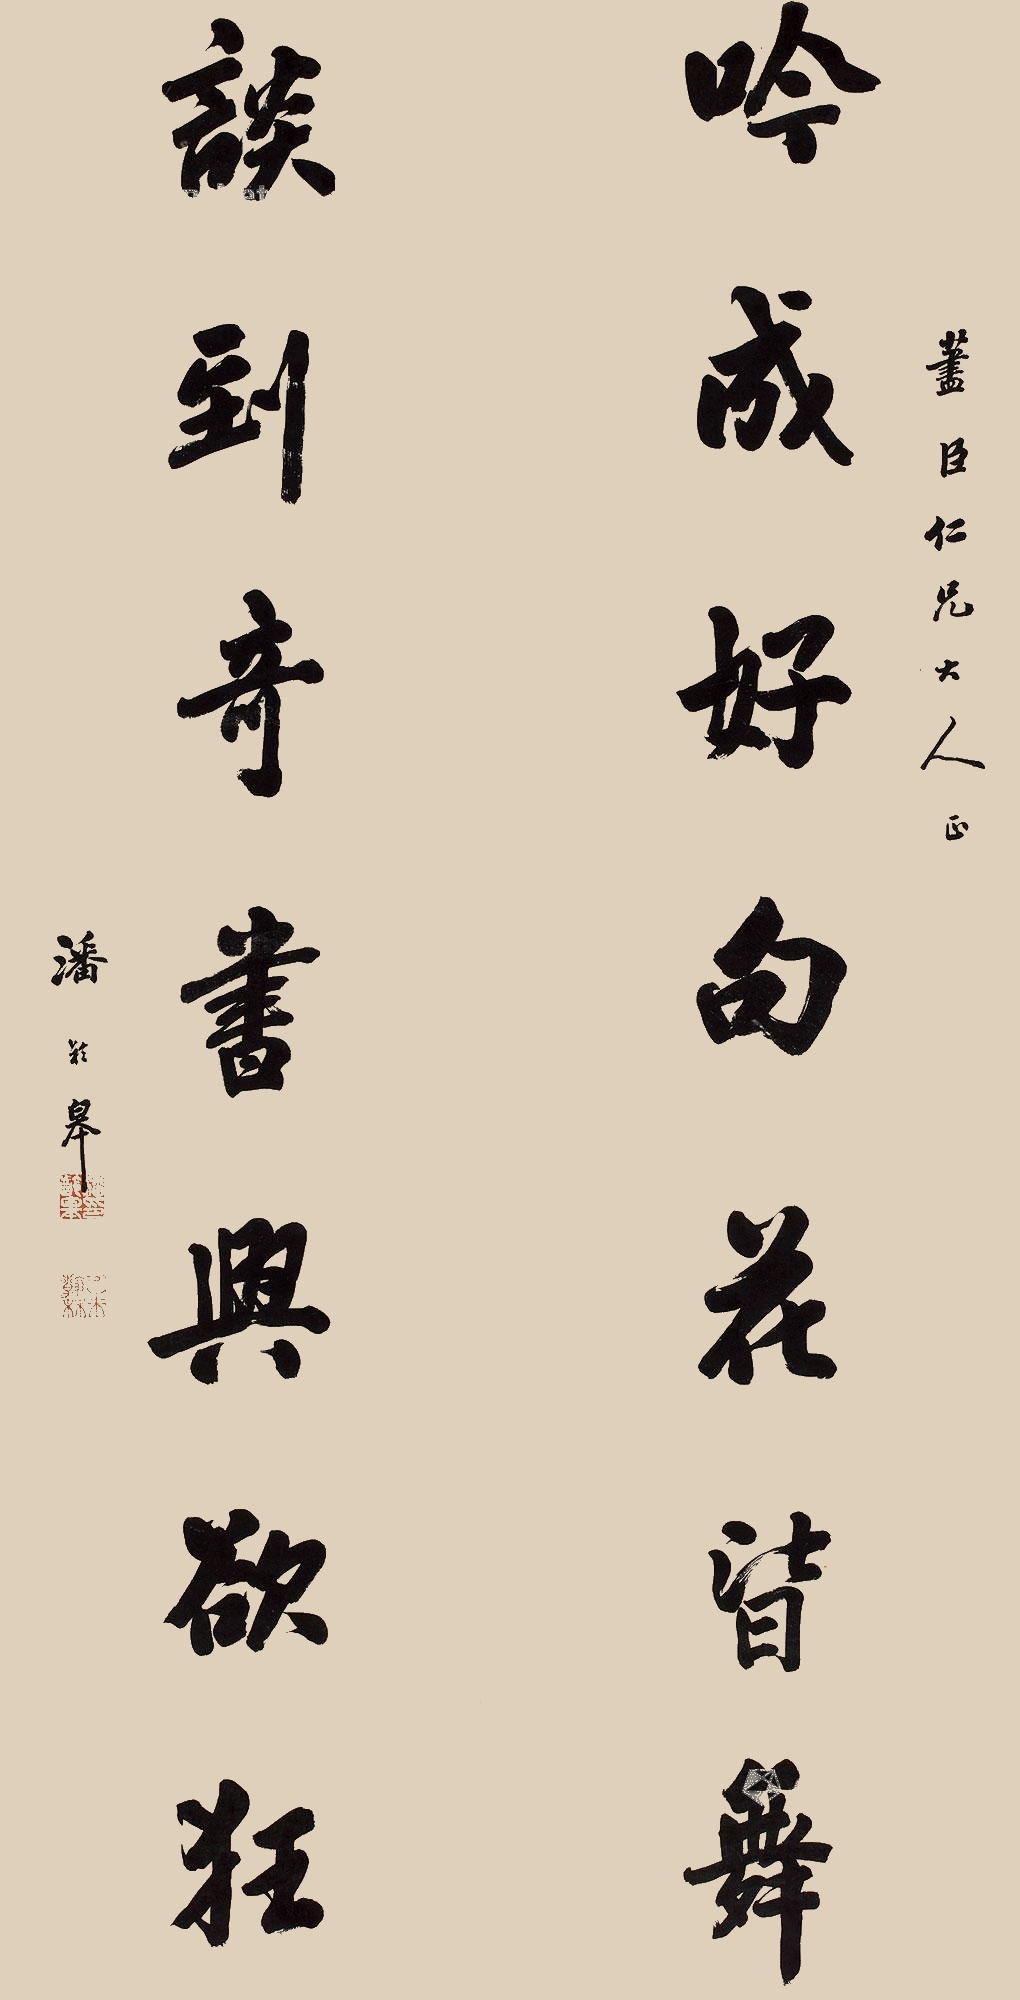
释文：吟成好句花皆舞，谈到奇书兴欲狂。尽臣仁兄大人正，潘龄皋。